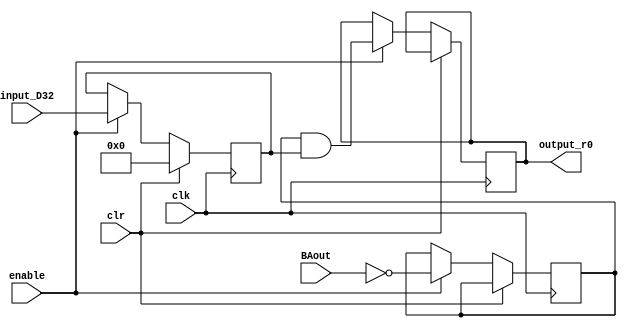
module register_r0(

	input	clk, clr, enable,
  	input	[31:0]	input_D32, input BAout,
  	output reg [31:0] output_r0
);
  
  wire [31:0]	output_Q32; 
  wire [31:0] BAtemp;
  
always @ (posedge clk) begin

if (clr) begin
	output_Q32 <= 32'h00000000;
end
else if (enable) begin
	output_Q32 <= input_D32;
  	BAtemp <= ~BAout;
  	output_r0 <= BAtemp & output_Q32;
end

end
endmodule